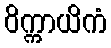
ဝိက္ကာယိကံ